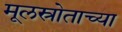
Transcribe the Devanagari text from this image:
मूलस्रोताच्या